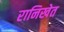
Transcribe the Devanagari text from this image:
रानिखेत